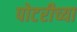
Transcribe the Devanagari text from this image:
पोटरीच्या